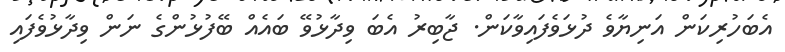
އެބަހުރިކަން އަނިޔާވެ ދުޅަވެފައިވާކަން. ޖާބިރު އެބަ ވިދާޅުވޭ ބައެއް ބޭފުޅުންގެ ނަން ވިދާޅުވެފައި